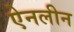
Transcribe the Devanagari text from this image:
ऐनलीन